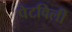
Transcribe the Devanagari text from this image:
पेटविली